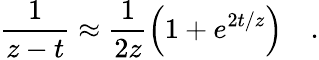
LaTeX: \frac{1}{z-t}\approx\frac{1}{2z}\left(1+e^{2t/z}\right)\quad.